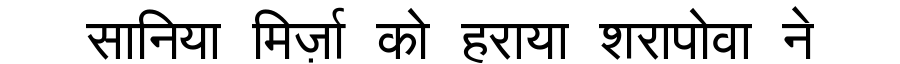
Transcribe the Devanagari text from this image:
सानिया मिर्ज़ा को हराया शरापोवा ने